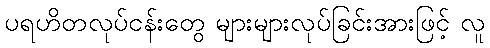
ပရဟိတလုပ်ငန်းတွေ များများလုပ်ခြင်းအားဖြင့် လူ